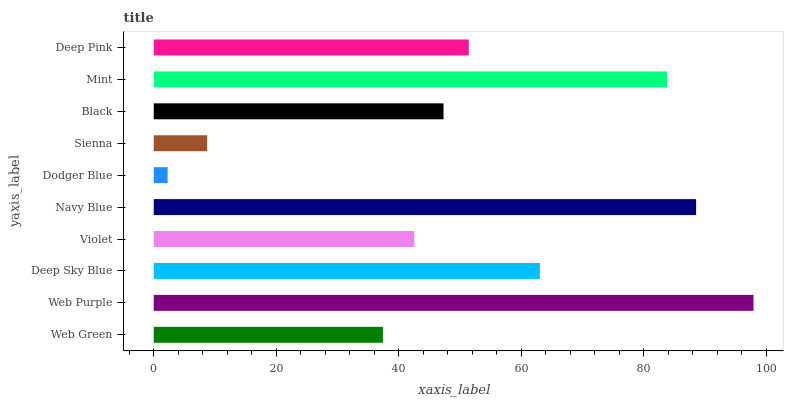
| yaxis_label | bars |
 | --- | --- |
 | Web Green | 37.4 |
 | Web Purple | 97.9 |
 | Deep Sky Blue | 63 |
 | Violet | 42.5 |
 | Navy Blue | 88.5 |
 | Dodger Blue | 2.27 |
 | Sienna | 8.72 |
 | Black | 47.3 |
 | Mint | 83.8 |
 | Deep Pink | 51.4 |